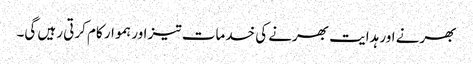
بھرنے اور ہدایت بھرنے کی خدمات تیز اور ہموار کام کرتی رہیں گی۔